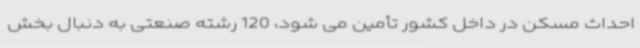
احداث مسکن در داخل کشور تأمین می شود، 120 رشته صنعتی به دنبال بخش